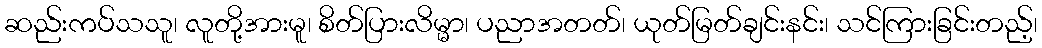
ဆည်းကပ်သသူ၊ လူတို့အားမူ၊ စိတ်ပြားလိမ္မာ၊ ပညာအတတ်၊ ယုတ်မြတ်ချင်းနင်း၊ သင်ကြားခြင်းတည့်၊